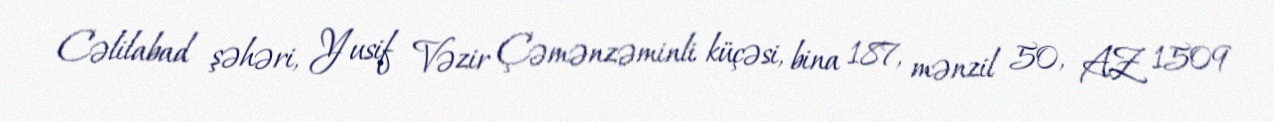
Cəlilabad şəhəri, Yusif Vəzir Çəmənzəminli küçəsi, bina 187, mənzil 50, AZ 1509